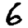
Digit: 6